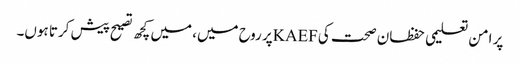
پر امن تعلیمی حفظان صحت کیKAEFپر روح میں، میں کچھ تصیح پیش کرتا ہوں۔